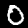
Digit: 0